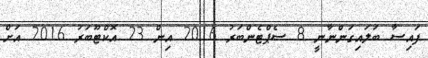
ފައިސާ ބަލައިގަންނާނީ 8 ސެޕްޓެންބަރު 2016 އިން 23 އޮކްޓޫބަރު 2016 އަށް